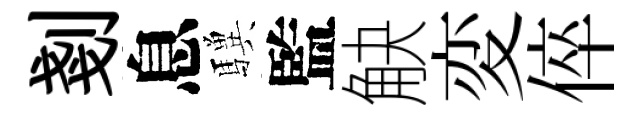
剗息驥監觖変倅